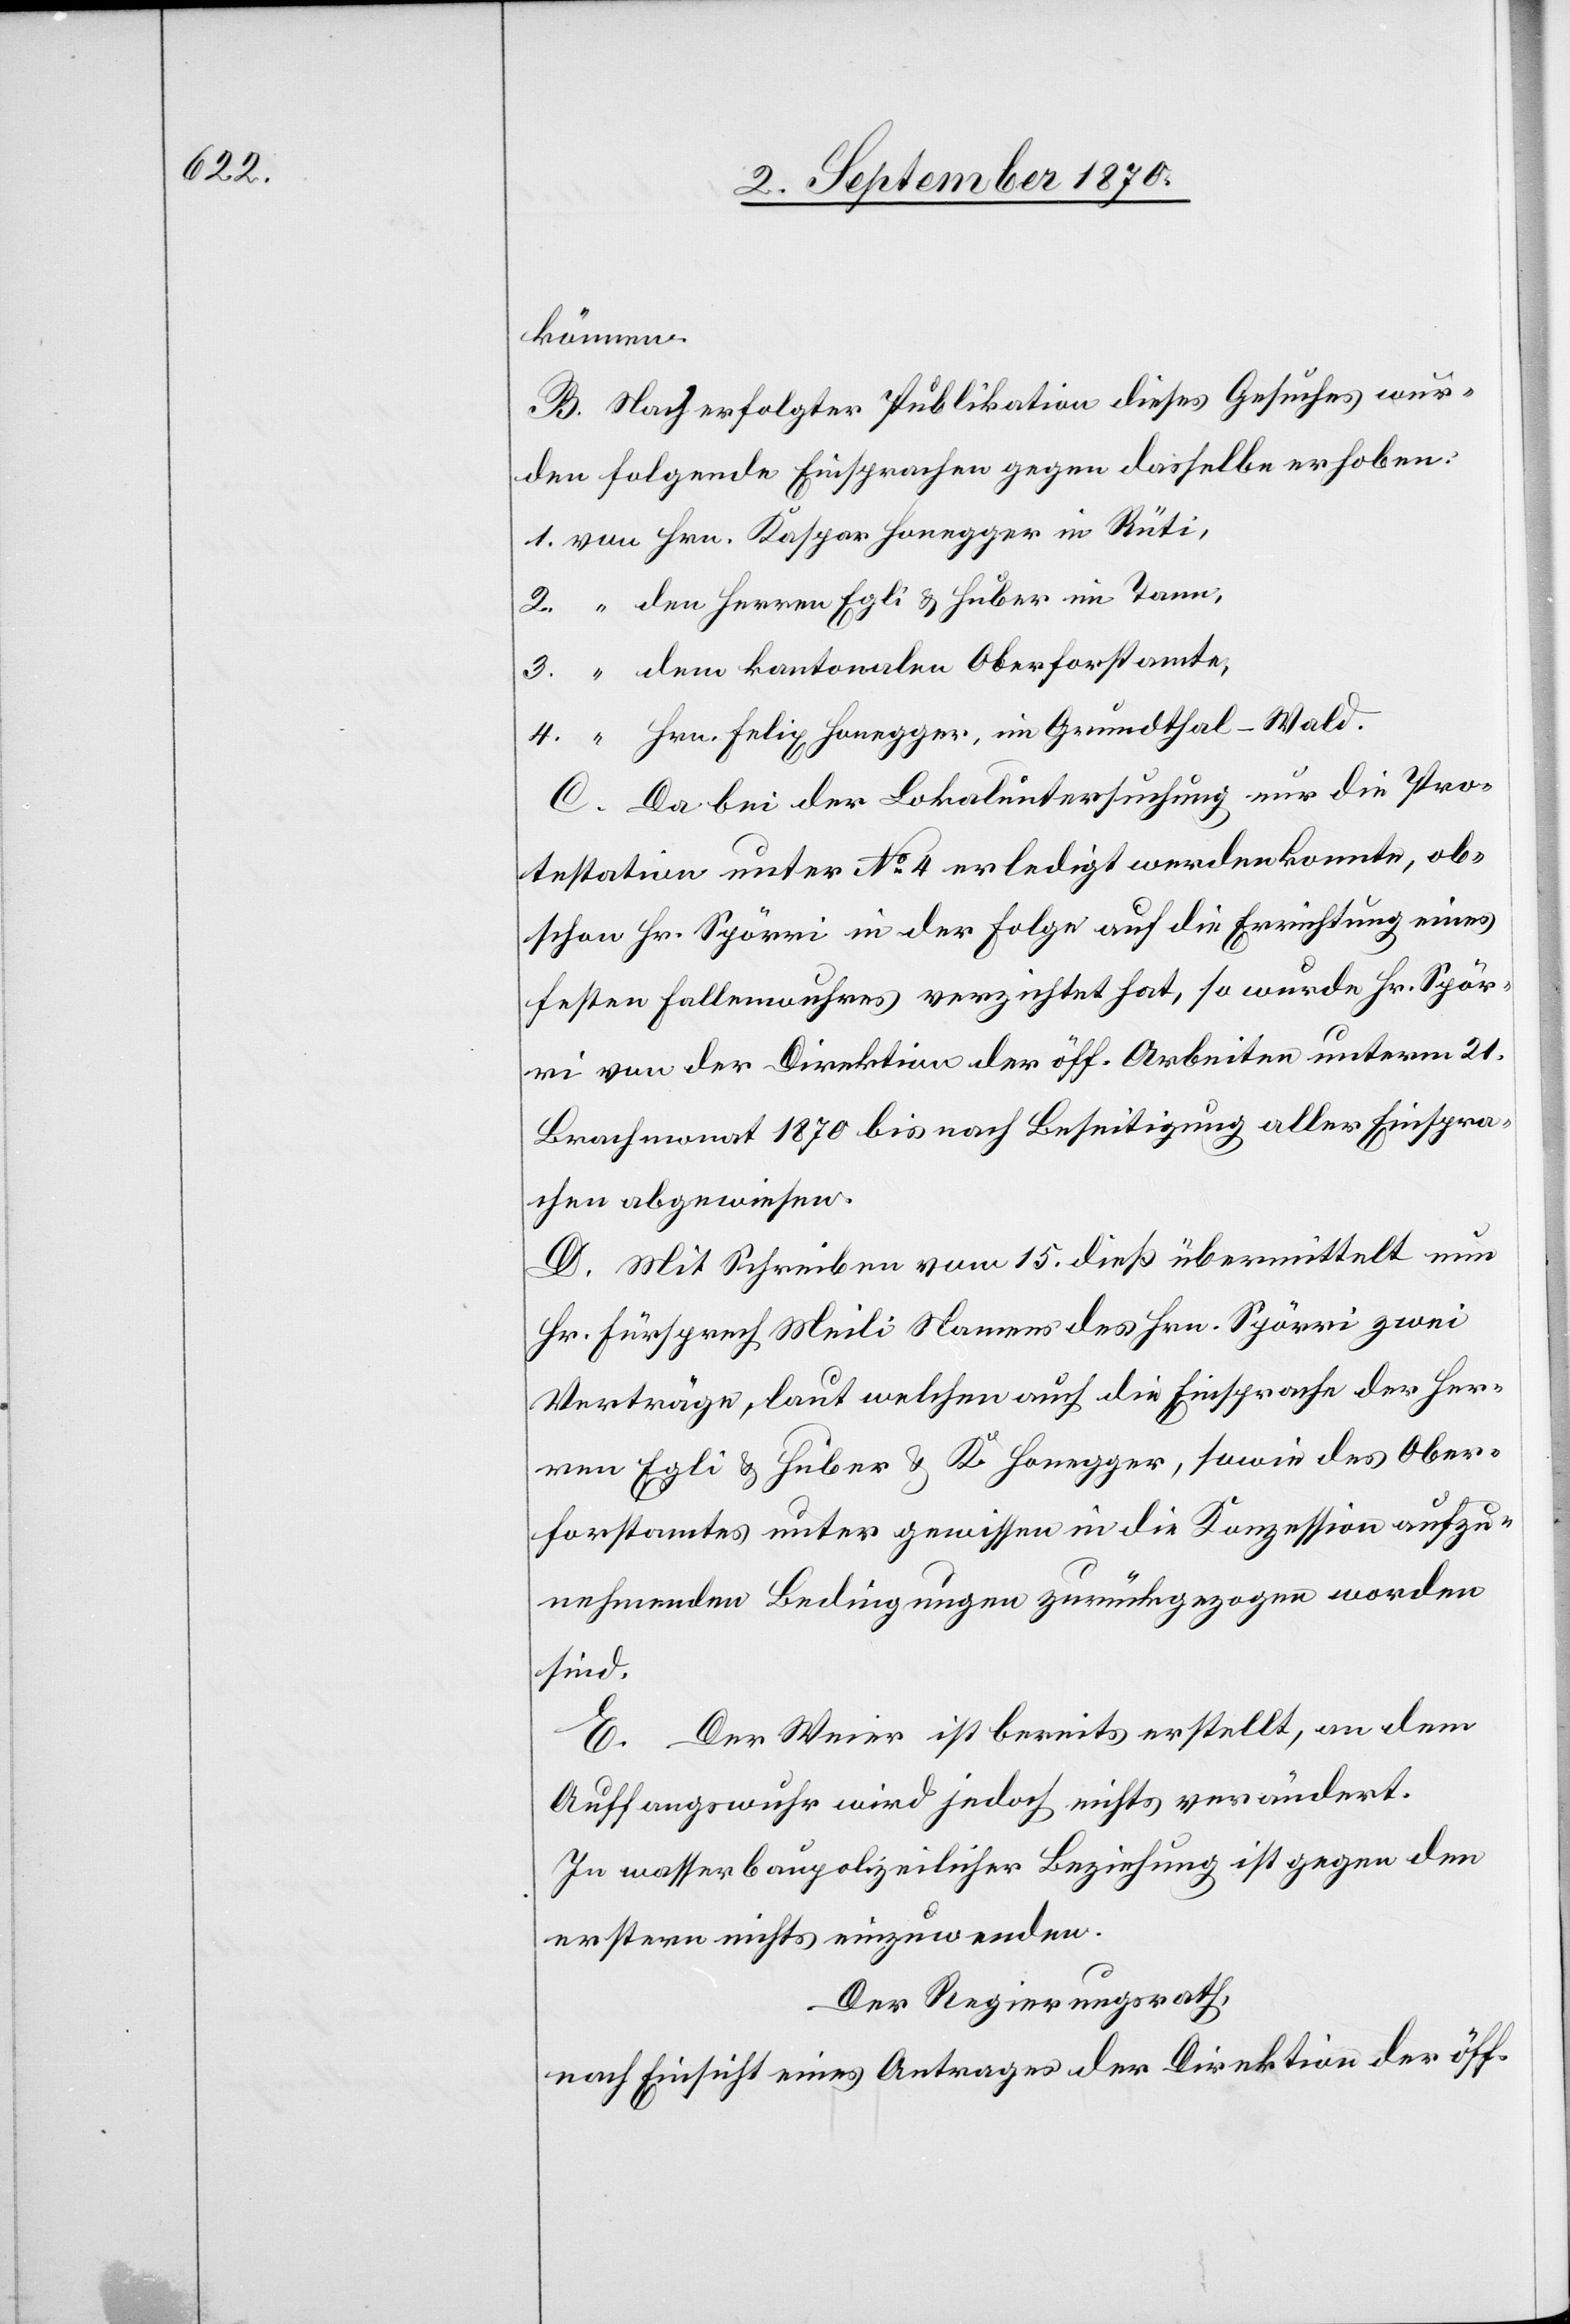
2.

können.
B. Nach erfolgter Publikation dieses Gesuches wur¬
den folgende Einsprachen gegen dasselbe erhoben:
Hrn. Felix Honegger, im Grundthal - Wald.
C. Da bei der Lokaluntersuchung nur die Pro¬
testation unter No 4 erledigt werden konnte, ob¬
schon Hr. Spörri in der Folge auf die Errichtung eines
festen Fallenwuhres verzichtet hat, so wurde Hr. Spör¬
ri von der Direktion der öff. Arbeiten unterm 21.
Brachmonat 1870 bis nach Beseitigung aller Einspra¬
chen abgewiesen.
D. Mit Schreiben vom 15. dieß übermittelt nun
Hr. Fürsprech Meili Namens des Hrn. Spörri zwei
Verträge, laut welchen auch die Einsprache der Her¬
ren Egli & Huber & K. Honegger, sowie des Ober¬
forstamtes unter gewissen in die Konzession aufzu¬
nehmenden Bedingungen zurückgezogen worden
sind.
E. Der Weier ist bereits erstellt, an dem
Auffangswuhr wird jedoch nichts verändert.
In wasserbaupolizeilicher Beziehung ist gegen den
erstern nicht einzuwenden.
Der Regierungsrath,
nach Einsicht eines Antrages der Direktion der öff.